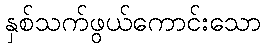
နှစ်သက်ဖွယ်ကောင်းသော